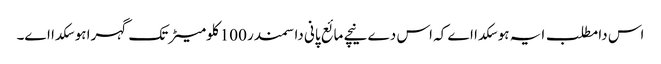
اس دا مطلب ایہ ہو سکدا اے کہ اس دے نیچے مائع پانی دا سمندر 100 کلومیٹر تک گہرا ہو سکدا ا‏‏ے۔